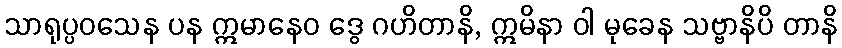
သာရုပ္ပဝသေန ပန ဣမာနေဝ ဒွေ ဂဟိတာနိ, ဣမိနာ ဝါ မုခေန သဗ္ဗာနိပိ တာနိ